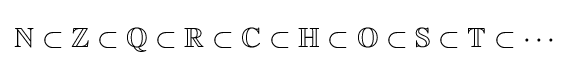
\mathbb {N} \subset \mathbb {Z} \subset \mathbb {Q} \subset \mathbb {R} \subset \mathbb {C} \subset \mathbb {H} \subset \mathbb {O} \subset \mathbb {S} \subset \mathbb {T} \subset \cdots